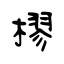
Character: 樛